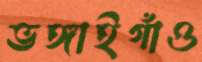
ভঙ্গাইগাঁও